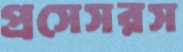
প্রসেসরস